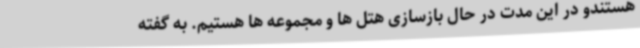
هستندو در این مدت در حال بازسازی هتل ها و مجموعه ها هستیم. به گفته